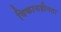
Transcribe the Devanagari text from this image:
विकासहीनता